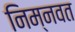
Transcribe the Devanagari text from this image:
निम्‍नवत